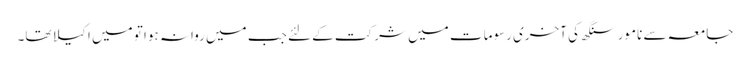
جامعہ سے نامور سنگھ کی آخری رسومات میں شرکت کے لئے جب میں روانہ ہوا تو میں اکیلا تھا۔